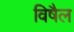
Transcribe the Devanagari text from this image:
विषैल